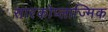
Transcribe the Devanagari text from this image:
सारकोप्लाज्मिक